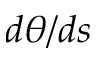
d \theta / d s